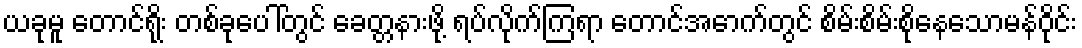
ယခုမူ တောင်ရိုး တစ်ခုပေါ်တွင် ခေတ္တနားဖို့ ရပ်လိုက်ကြရာ တောင်အောက်တွင် စိမ်းစိမ်းစိုနေသောမန်ဝိုင်း